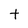
Character: t